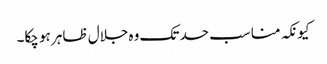
کیونکہ مناسب حد تک وہ جلال ظاہر ہو چکا۔